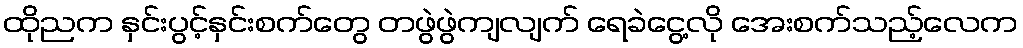
ထိုညက နှင်းပွင့်နှင်းစက်တွေ တဖွဲဖွဲကျလျက် ရေခဲငွေ့လို အေးစက်သည့်လေက